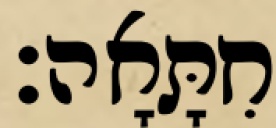
חִתָּאָה׃